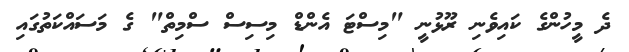
ދެ މީހުންގެ ކައިވެނި ރޫޅުނީ "މިސްޓަ އެންޑް މިސިސް ސްމިތް" ގެ މަސައްކަތުގައި